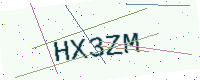
Text: HX3ZM